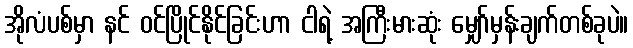
အိုလံပစ်မှာ နင် ဝင်ပြိုင်နိုင်ခြင်းဟာ ငါရဲ့ အကြီးမားဆုံး မျှော်မှန်းချက်တစ်ခုပဲ။